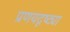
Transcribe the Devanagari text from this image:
प्रणयदृष्ट्या